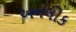
અનલોક